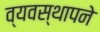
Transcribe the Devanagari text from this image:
व्यवस्थापने